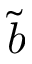
\tilde { b }